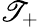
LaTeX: \mathscr{T}_{+}